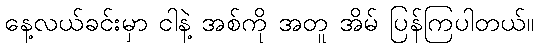
နေ့လယ်ခင်းမှာ ငါနဲ့ အစ်ကို အတူ အိမ် ပြန်ကြပါတယ်။